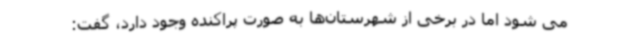
می شود اما در برخی از شهرستان‌ها به صورت پراکنده وجود دارد، گفت: